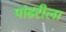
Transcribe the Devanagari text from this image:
पांढरीला